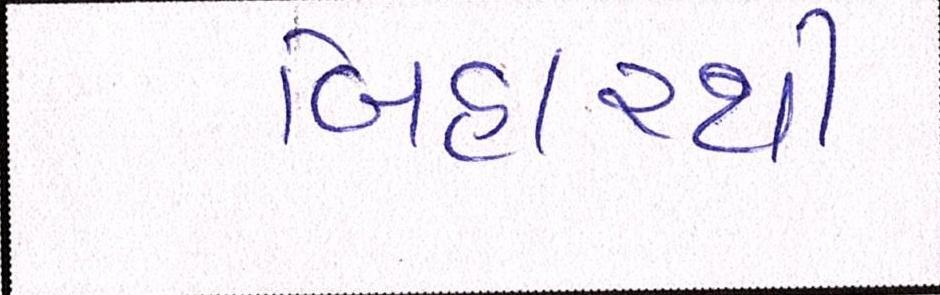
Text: બિહારથી